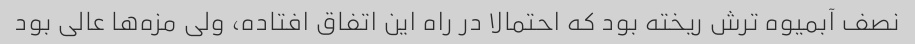
نصف آبمیوه ترش ریخته بود که احتمالا در راه این اتفاق افتاده، ولی مزه‌ها عالی بود